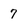
Character: 7